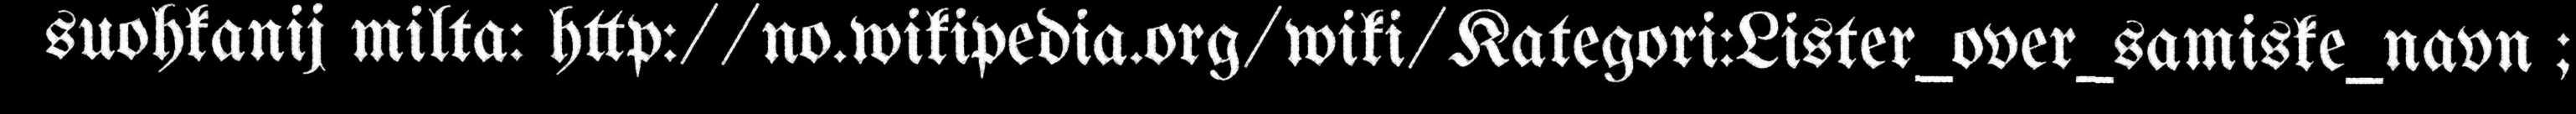
suohkanij milta: http://no.wikipedia.org/wiki/Kategori:Lister_over_samiske_navn ;